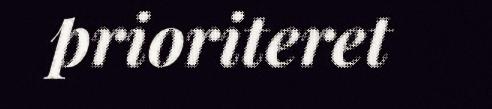
prioriteret